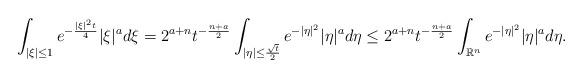
LaTeX: \begin{align*} \int_{|\xi|\leq 1}e^{-\frac{|\xi|^2 t}{4}} |\xi|^{a}d\xi = 2^{a+n} t^{-\frac{n+a}{2}} \int_{|\eta|\leq \frac{\sqrt{t}}{2}} e^{-|\eta|^2} |\eta|^{a}d\eta \leq 2^{a+n} t^{-\frac{n+a}{2}} \int_{\mathbb{R}^n} e^{-|\eta|^2} |\eta|^{a}d\eta.\end{align*}